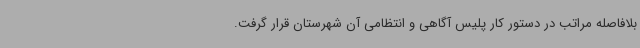
بلافاصله مراتب در دستور کار پلیس آگاهی و انتظامی آن شهرستان قرار گرفت.